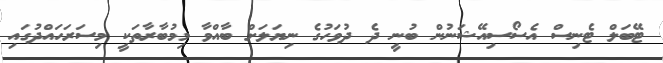
ޓޭބަލް ޓެނިސް އެސޯސިއޭޝަނުން ބުނީ ދެ ދުވަހުގެ ނިޔަލަށް ބާއްވާ މިމުބާރާތަކީ މިސަރަހައްދުގައި